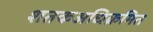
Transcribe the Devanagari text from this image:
शतकअधिक्रमित